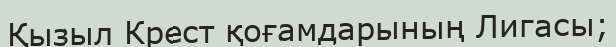
Қызыл Крест қоғамдарының Лигасы;